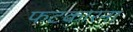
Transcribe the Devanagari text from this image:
फटकारना